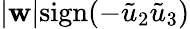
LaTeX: |\mathbf{w}|\mathrm{{sign}}(-\tilde{{u}}_{2}\tilde{{u}}_{3})